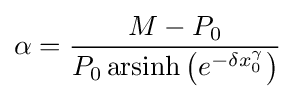
\alpha ={\frac {M-P_{0}}{P_{0}\operatorname {arsinh} \left(e^{-\delta x_{0}^{\gamma }}\right)}}